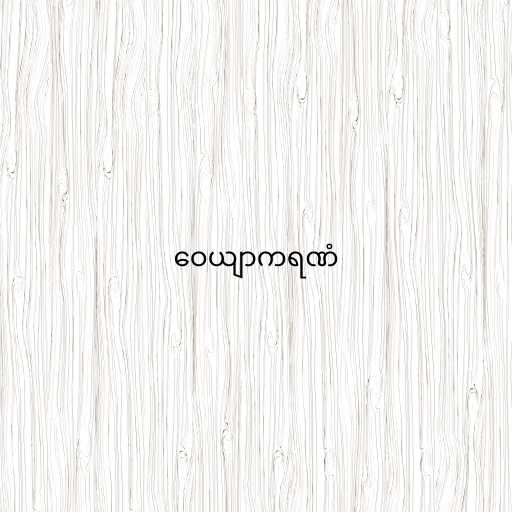
ဝေယျာကရဏံ